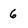
Character: 6